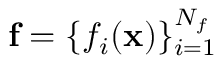
\mathbf { f } = \{ f _ { i } ( \mathbf { x } ) \} _ { i = 1 } ^ { N _ { f } }